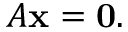
A \mathbf { x } = \mathbf { 0 } .